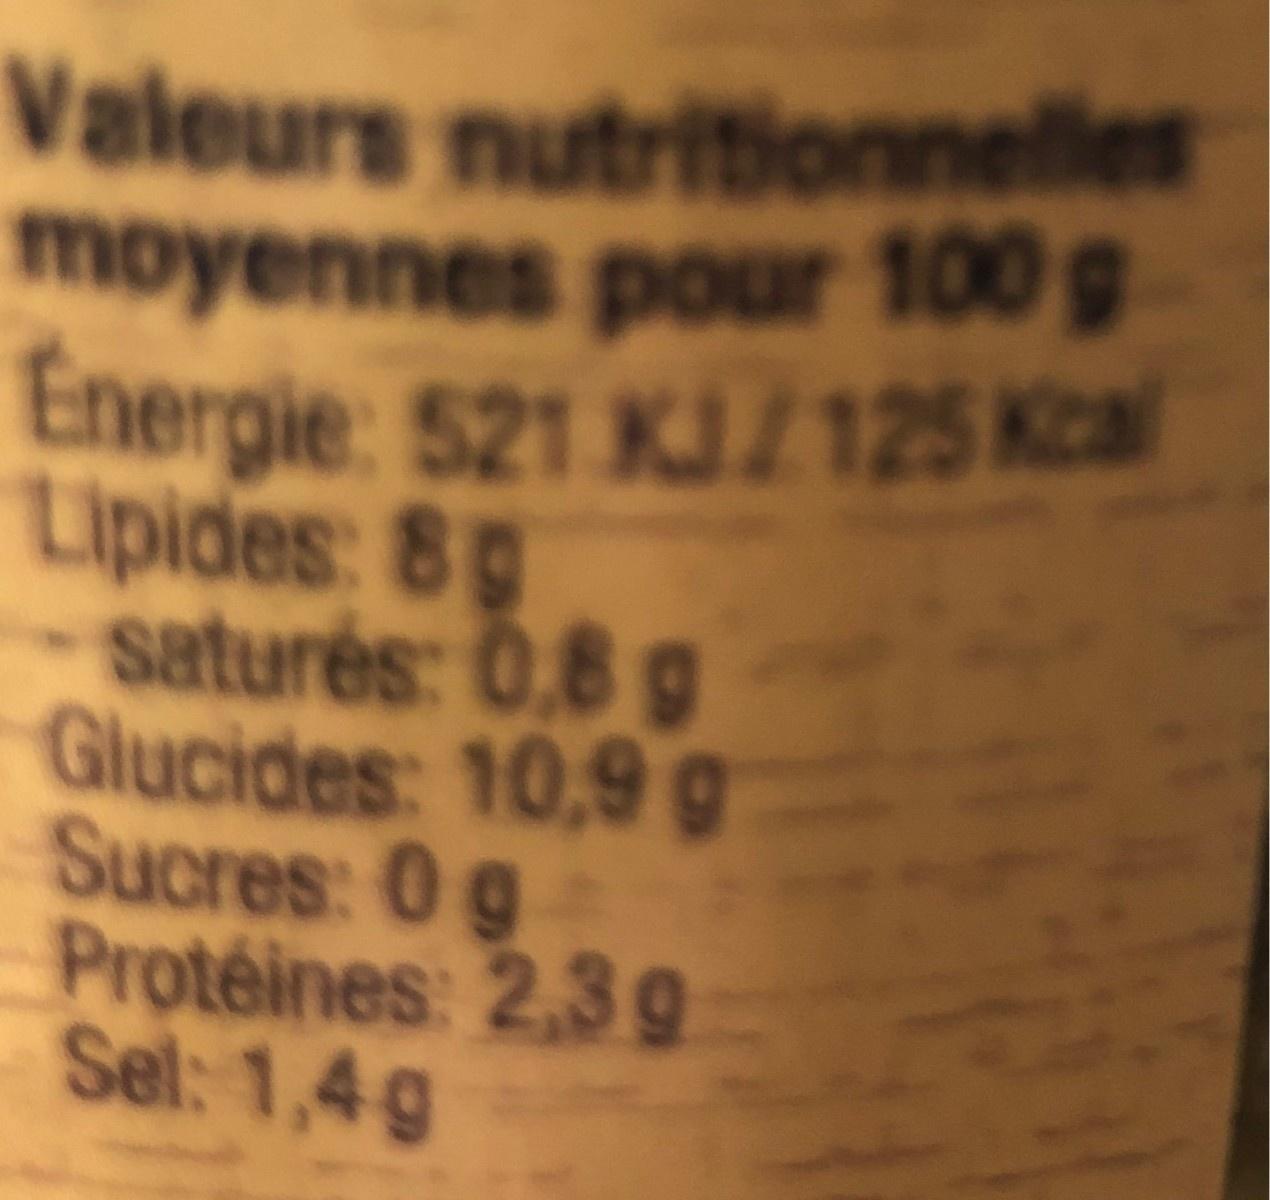
Valeurs nutritionnelles moyennes pour 100 g Energie: 521 KJ/125 Kcal Lipides: 8g - saturés: 0,6 g Glucides: 10,9 g Sucres: 0g Protéines: 2,3g Sel: 1,4g